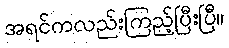
အရင်ကလည်းကြည့်ပြီးပြီ။